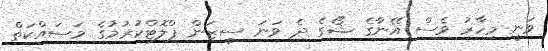
ވަނީ މިހާރު ވެސް އޭނާގެ ޝޯގެ ދެ ވަނަ ސީޒަން ޕްލޮޓްކުރުމުގެ މަސައްކަތް